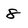
Character: 8